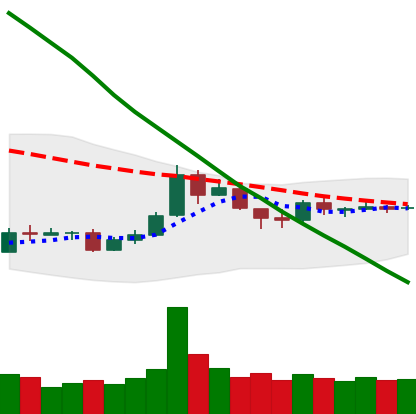
Ticker: TRX-USD
Chart end date: 2018-10-02
Forward return: 21.645%
Label: up_7plus